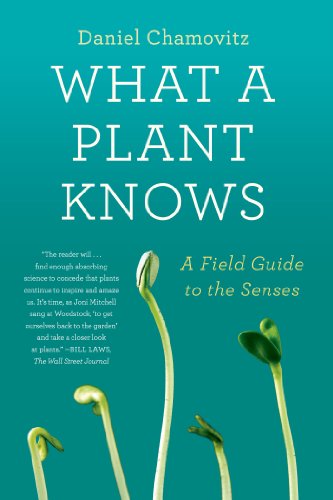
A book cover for What a Plant Knows: A Field Guide to the Senses; Daniel Chamovitz; Crafts, Hobbies & Home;